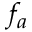
f _ { a }